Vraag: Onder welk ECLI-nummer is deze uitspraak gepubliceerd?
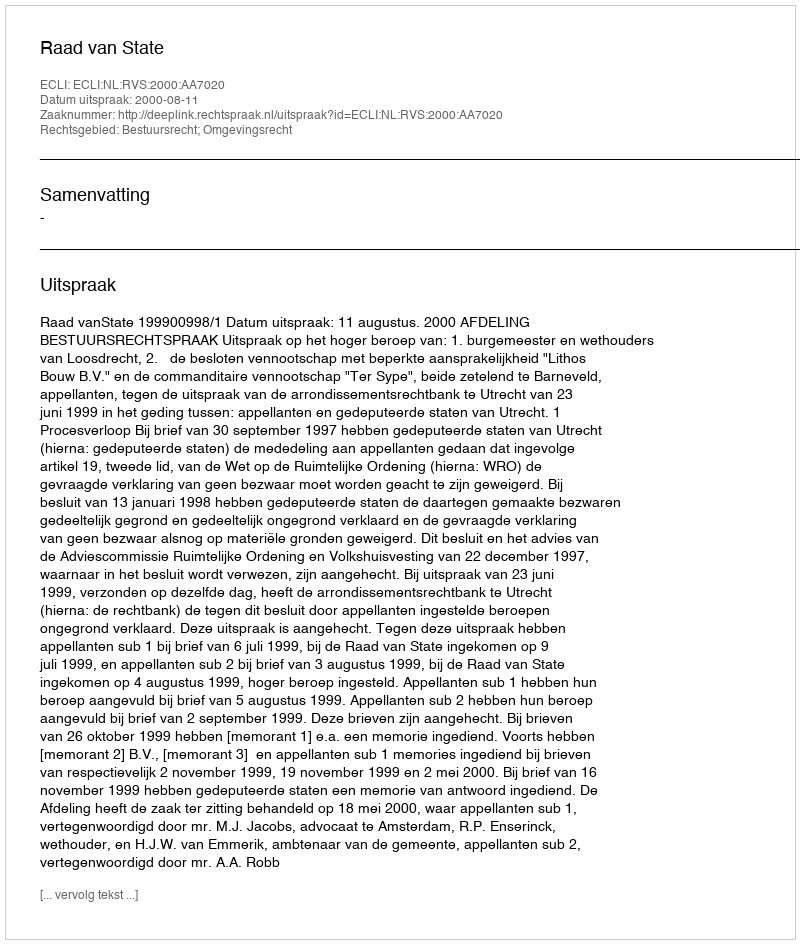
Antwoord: ECLI:NL:RVS:2000:AA7020